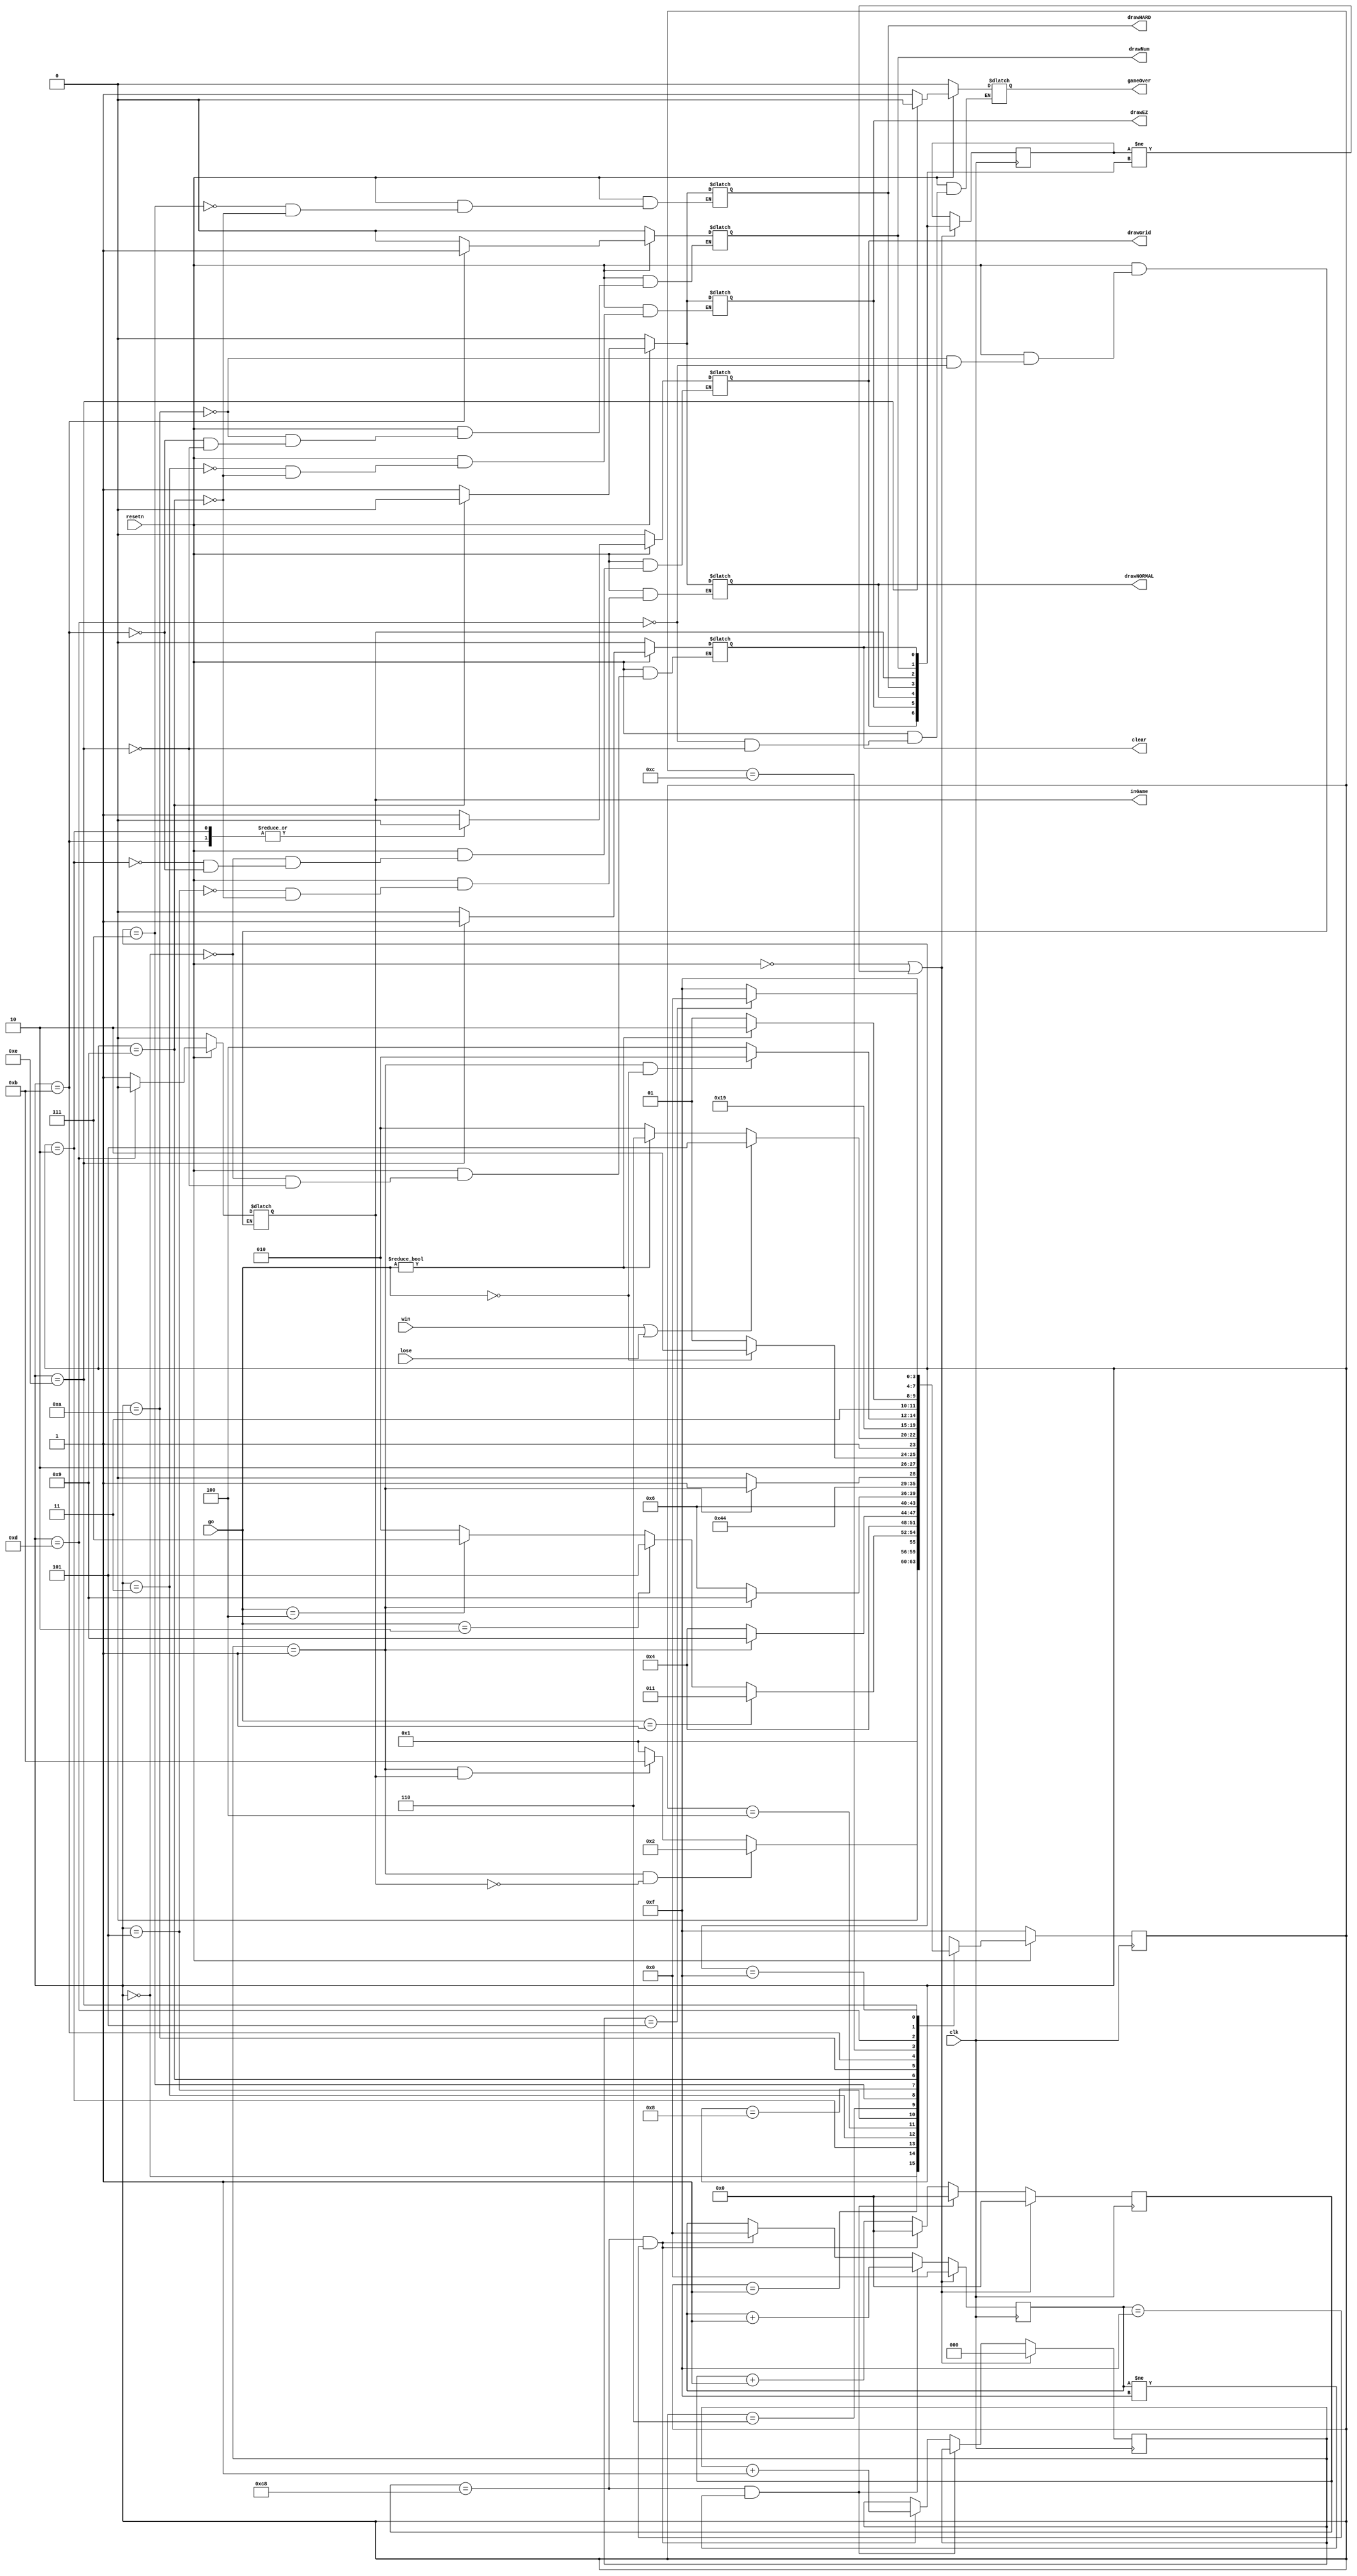
module gameStateFSM(
    input clk,
    input resetn,
    input [2: 0] go,
	input win, lose,
	output reg drawGrid, drawEZ, drawNORMAL, drawHARD, inGame, drawNum, gameOver, clear
);
	 
	reg [3: 0] current_state, next_state;
	reg [7:0] counter;
	reg [3:0] slc; // slower counter
	reg [2:0] stc; // slowest counter
	reg [6:0] flag;

    
    localparam DRAW_GRID_WAIT = 4'd0,
					DRAW_GRID = 4'd1,
					SELECT = 4'd2,
					DRAW_EZ_WAIT = 4'd3,
					DRAW_EZ = 4'd4,
					DRAW_NORMAL_WAIT = 4'd5,
					DRAW_NORMAL = 4'd6,
					DRAW_HARD_WAIT = 4'd7,
					DRAW_HARD = 4'd8,
					GAME_START = 4'd9,
					IN_GAME = 4'd10,
					DRAW_NUM_WAIT = 4'd11,
					DRAW_NUM = 4'd12,
					GAME_OVER = 4'd13,
					CLEAR_WAIT = 4'd14,
					CLEAR = 4'd15;
					
	always @(posedge clk)
	begin
		if (resetn == 0 || flag != {drawGrid, drawEZ, drawNORMAL, drawHARD, inGame, drawNum, clear})
			begin
				counter <= 0;
				slc <= 0;
				stc <= 0;
				flag <= {drawGrid, drawEZ, drawNORMAL, drawHARD, inGame, drawNum, clear};
			end
		else
			begin
				if (counter == 8'd200 && slc != 4'd15)
					begin
						counter <= 0;
						slc <= slc + 1;
					end
				else if (counter == 8'd200 && slc == 4'd15)
					begin
						counter <= 0;
						slc <= 0;
						stc <= stc + 1;
					end
				else
					begin
						counter <= counter + 1;
					end
			end
	end
	
	always@(*)
   begin
		case (current_state)
			DRAW_GRID_WAIT: next_state = DRAW_GRID;
			DRAW_GRID:
				begin
					if (stc == 3'd1 && inGame == 0)
						next_state = SELECT;
					else if (stc == 3'd1 && inGame == 1)
						next_state = DRAW_NUM_WAIT;
					else
						next_state = DRAW_GRID;
				end
			SELECT:
				begin
					if (go == 3'b001)
						begin
							next_state = DRAW_EZ_WAIT;
						end
					else if (go == 3'b010)
						begin
							next_state = DRAW_NORMAL_WAIT;
						end
					else if (go == 3'b100)
						begin
							next_state = DRAW_HARD_WAIT;
						end
					else
						next_state = SELECT;						
				end
			DRAW_EZ_WAIT: next_state = DRAW_EZ;
			DRAW_EZ:
				begin
					if (stc == 3'd1)
						next_state = GAME_START;
					else
						next_state = DRAW_EZ;
				end
			DRAW_NORMAL_WAIT: next_state = DRAW_NORMAL;
			DRAW_NORMAL:
				begin
					if (stc == 3'd1)
						next_state = GAME_START;
					else
						next_state = DRAW_NORMAL;
				end
			DRAW_HARD_WAIT: next_state = DRAW_HARD;
			DRAW_HARD:
				begin
					if (stc == 3'd1)
						next_state = GAME_START;
					else
						next_state = DRAW_HARD;
				end
			GAME_START:
				begin
					if (go == 3'b000)
						next_state = IN_GAME;
					else
						next_state = GAME_START;
				end
			IN_GAME: 
				begin
					if (win == 1 || lose == 1)
						next_state = GAME_OVER;
					else if (go != 3'b000)
						next_state = CLEAR_WAIT;
					else
						next_state = IN_GAME;
				end
			DRAW_NUM_WAIT: next_state = DRAW_NUM;
			DRAW_NUM:
				begin
					if (stc == 3'd1 && go == 3'b000)
						next_state = IN_GAME;
					else
						next_state = DRAW_NUM;
				end
					
			GAME_OVER:
				begin
					if (go != 3'b000)
						begin
							next_state = CLEAR_WAIT;
						end
					else
						next_state = GAME_OVER;
				end
			CLEAR_WAIT: next_state = CLEAR;
			CLEAR:
				begin
					if (stc == 3'd5)
						begin
							next_state = DRAW_GRID_WAIT;
						end
					else
						next_state = CLEAR;
				end
		endcase
	end
	
	always@(posedge clk)
		begin
			if(!resetn)
				current_state <= CLEAR;
			else
				current_state <= next_state;
		end
	
	always @(*)
		begin
			if (resetn == 0)
				begin
					drawGrid = 1'b0;
					drawEZ = 1'b0;
					drawNORMAL = 1'b0;
					drawHARD = 1'b0;
					inGame = 1'b0;
					drawNum = 1'b0;
					gameOver = 1'b0;
					clear = 1'b0;
				end
			else
				begin
					case (current_state)
						DRAW_GRID_WAIT:
							begin
								clear = 1'b0;
								drawGrid = 1'b1;
							end
						SELECT:
							begin
								drawGrid = 1'b0;
							end
						DRAW_EZ_WAIT:
							begin
								drawEZ = 1'b1;
							end
						DRAW_NORMAL_WAIT:
							begin
								drawNORMAL = 1'b1;
							end
						DRAW_HARD_WAIT:
							begin
								drawHARD = 1'b1;
							end
						GAME_START:
							begin
								drawEZ = 1'b0;
								drawNORMAL = 1'b0;
								drawHARD = 1'b0;
							end
						IN_GAME:
							begin
								inGame = 1'b1;
								drawNum = 1'b0;
							end
						DRAW_NUM_WAIT:
							begin
								drawGrid = 1'b0;
								drawNum = 1'b1;
							end
						GAME_OVER:
							begin
								inGame = 1'b0;
								gameOver = 1'b1;
							end
						CLEAR_WAIT:
							begin
								drawNum = 1'b0;
								clear = 1'b1;
								gameOver = 1'b0;
							end
				endcase
			end
		end
endmodule